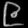
Digit: ၉